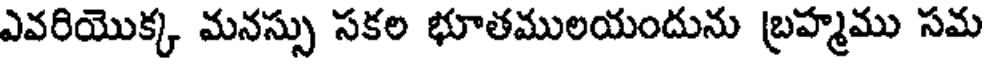
ఎవరియొక్క మనస్సు సకల భూతములయందును బ్రహ్మము సమ